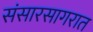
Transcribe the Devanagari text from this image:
संसारसागरात